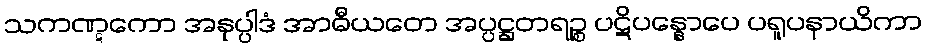
သကဏ္ဋကော အနုပ္ပါဒံ အာဓီယတေ အပ္ပဋ္ဌတရဉ္စ ပဋိပန္နောပေ ပရူပနာယိကာ